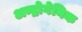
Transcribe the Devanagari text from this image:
अन्द्रोगेनिक